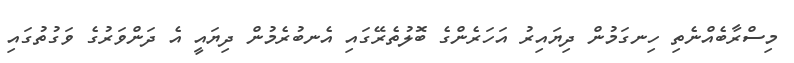
މިސްރާބެއްނެތި ހިނގަމުން ދިޔައިރު އަހަރެންގެ ބޮލުތެރޭގައި އެނބުރެމުން ދިޔައީ އެ ދަންވަރުގެ ވަގުތުގައި